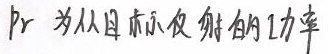
$P_r$ 为从目标反射的功率